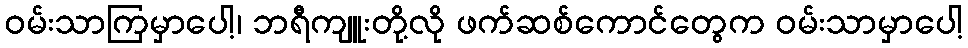
ဝမ်းသာကြမှာပေါ့၊ ဘရီကျူးတို့လို ဖက်ဆစ်ကောင်တွေက ဝမ်းသာမှာပေါ့